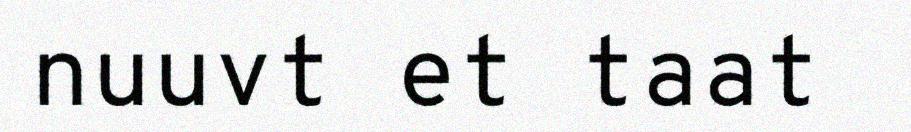
nuuvt et taat